Civil Veterinary Dept. North-West Frontier Province 1901-22 - 1901-1922
Year: 1901
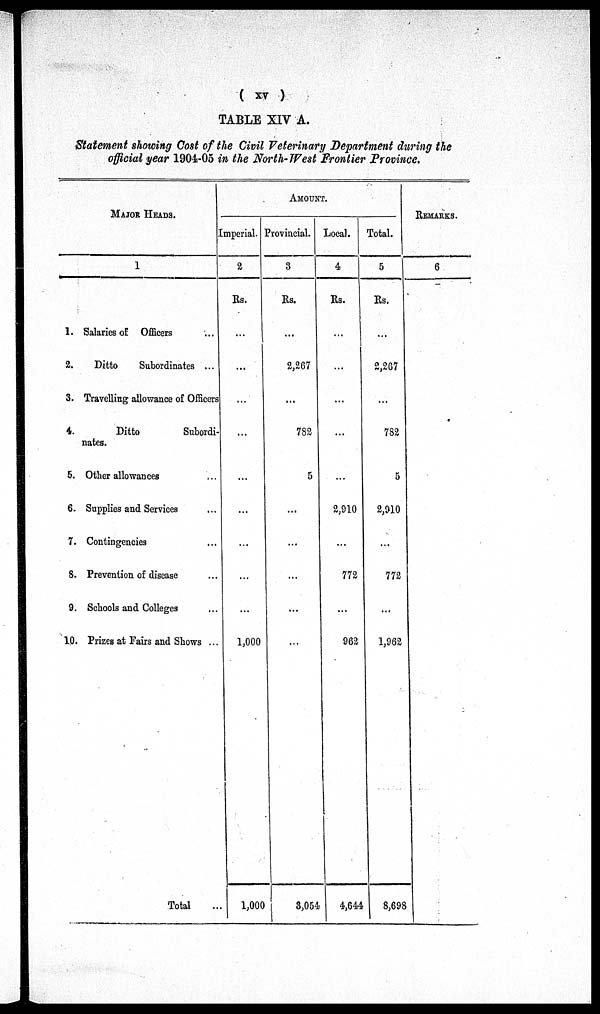
(xv)
TABLE XIV A.
Statement showing Cost of the Civil Veterinary Department during the
official year 1904-05 in the North-West Frontier Province.
MAJOR HEADS.
1
1. Salaries of Officers ...
2.
Ditto
Subordinates ...
3. Travelling allowance of Officers
4.
Ditto
Subordi-
nates.
5. Other allowances
6. Supplies and Services
7. Contingencies
8. Prevention of disease
9. Schools and Colleges
10. Prizes at Fairs and Shows ...
Total
AMOUNT.
Imperial.
2
Rs.
...
...
...
...
...
...
...
...
...
1,000
1,000
Provincial.
3
Rs.
...
2,267
...
782
5
...
...
...
...
...
3,054
Local.
4
Rs.
...
...
...
...
...
2,910
...
772
...
962
4,644
Total.
5
Rs.
...
2,267
...
782
5
2,910
...
772
...
1,962
8,698
REMARKS.
6